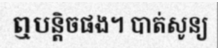
ឮបន្តិចផង។ បាត់សូន្យ